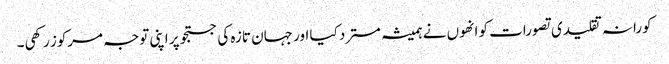
کورانہ تقلیدی تصورات کو انھوں نے ہمیشہ مسترد کیا اور جہان تازہ کی جستجو پر اپنی توجہ مرکوز رکھی۔